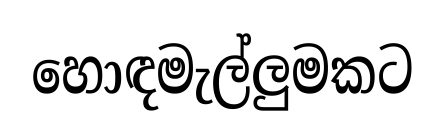
හොඳමැල්ලුමකට